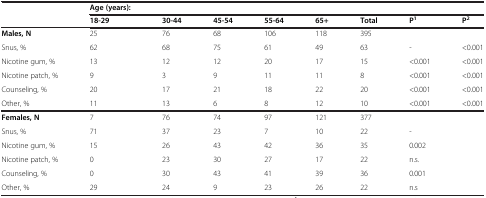
|  | Age (years): |  |  |  |  |  |  |  |
 |  | 18-29 | 30-44 | 45-54 | 55-64 | 65+ | Total | P1 | P2 |
 | --- | --- | --- | --- | --- | --- | --- | --- | --- |
 | Males, N | 25 | 76 | 68 | 106 | 118 | 395 |  |  |
 | Snus, % | 62 | 68 | 75 | 61 | 49 | 63 | - | <0.001 |
 | Nicotine gum, % | 13 | 12 | 12 | 20 | 17 | 15 | <0.001 | <0.001 |
 | Nicotine patch, % | 9 | 3 | 9 | 11 | 11 | 8 | <0.001 | <0.001 |
 | Counseling, % | 20 | 17 | 21 | 18 | 22 | 20 | <0.001 | <0.001 |
 | Other, % | 11 | 13 | 6 | 8 | 12 | 10 | <0.001 | <0.001 |
 | Females, N | 7 | 76 | 74 | 97 | 121 | 377 |  |  |
 | Snus, % | 71 | 37 | 23 | 7 | 10 | 22 | - |  |
 | Nicotine gum, % | 15 | 26 | 43 | 42 | 36 | 35 | 0.002 |  |
 | Nicotine patch, % | 0 | 23 | 30 | 27 | 17 | 22 | n.s. |  |
 | Counseling, % | 0 | 30 | 43 | 41 | 39 | 36 | 0.001 |  |
 | Other, % | 29 | 24 | 9 | 23 | 26 | 22 | n.s |  |